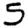
Digit: 5